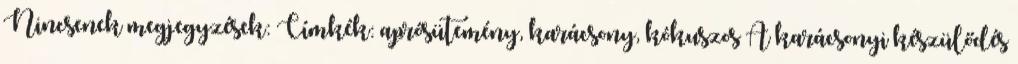
Nincsenek megjegyzések: Címkék: aprósütemény, karácsony, kókuszos A karácsonyi készülődés